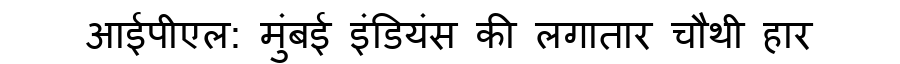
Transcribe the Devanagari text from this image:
आईपीएल: मुंबई इंडियंस की लगातार चौथी हार